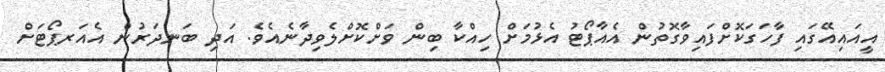
އީއައިއޭގައި ފާހަގަކޮށްފައިވާގޮތުން އެއާޕޯޓު އެޅުމަށް ހިއްކާ ބިން ވަށްކޮށްލެވިދާނެއެވެ. އަދި ބަނދަރުން އެއަރޕޯޓަށް